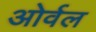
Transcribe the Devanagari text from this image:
ओर्वल